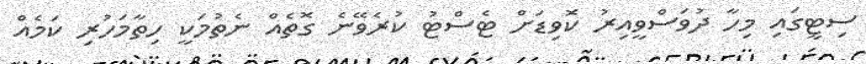
ސިޓީގައި މިހާ ދުވަސްވީއިރު ކޮވިޑަށް ޓެސްޓު ކުރެވޭނެ ގޮތެއް ނެތުމަކީ ހިތާމަހުރި ކަމެއް